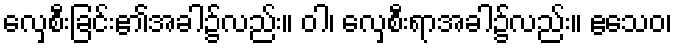
လှေစီးခြင်း၏အခါ၌လည်း။ ဝါ၊ လှေစီးရာအခါ၌လည်း။ ဧသေဝ၊